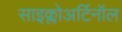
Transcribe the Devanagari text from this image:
साइक्लोअर्टिनॉल